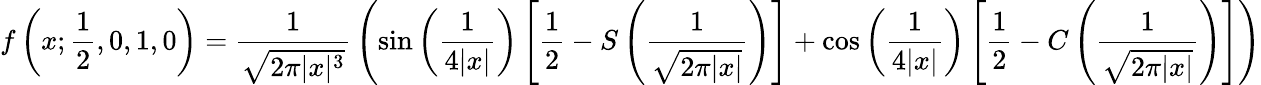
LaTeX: f\left(x;{\frac{1}{2}},0,1,0\right)={\frac{1}{\sqrt{2\pi|x|^{3}}}}\left(\sin\left({\frac{1}{4|x|}}\right)\left[{\frac{1}{2}}-S\left({\frac{1}{\sqrt{2\pi|x|}}}\right)\right]+\cos\left({\frac{1}{4|x|}}\right)\left[{\frac{1}{2}}-C\left({\frac{1}{\sqrt{2\pi|x|}}}\right)\right]\right)